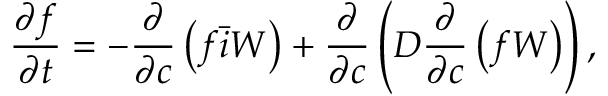
\frac { \partial f } { \partial t } = - \frac { \partial } { \partial c } \left( f \bar { i } W \right) + \frac { \partial } { \partial c } \left( D \frac { \partial } { \partial c } \left( f W \right) \right) ,